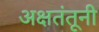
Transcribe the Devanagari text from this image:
अक्षतंतूनी